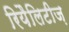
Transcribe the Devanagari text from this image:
रियैलिटीज़